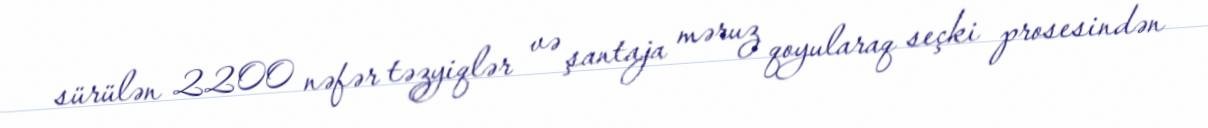
sürülən 2200 nəfər təzyiqlər və şantaja məruz qoyularaq seçki prosesindən